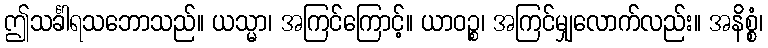
ဤသင်္ခါရသဘောသည်။ ယသ္မာ၊ အကြင်ကြောင့်။ ယာဝဉ္စ၊ အကြင်မျှလောက်လည်း။ အနိစ္စံ၊